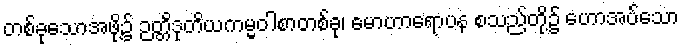
တစ်ခုသောအဖို့၌ ဉတ္တိဒုတိယကမ္မဝါစာတစ်ခု၊ မောဟာရောပန စသည်တို့၌ ဟောအပ်သော